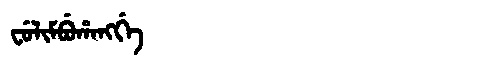
Manchu: ᠸᡠᠯᡳᠮᠪᡠᡥᠠᠩᡤᡝ
Romanization: FULIMBUHANGGE